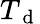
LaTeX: T_{\mathrm{~d~}}